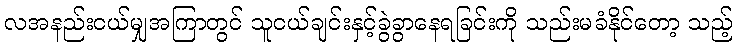
လအနည်းငယ်မျှအကြာတွင် သူငယ်ချင်းနှင့်ခွဲခွာနေရခြင်းကို သည်းမခံနိုင်တော့ သည့်